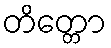
တိတ္တော